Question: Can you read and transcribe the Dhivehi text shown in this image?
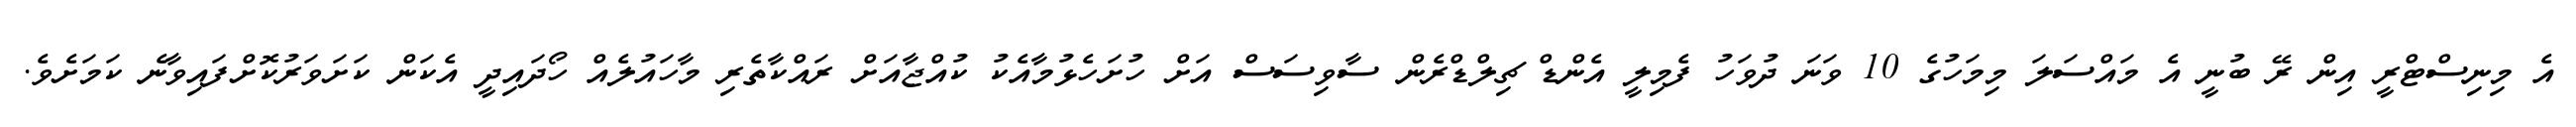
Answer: އެ މިނިސްޓްރީ އިން ރޭ ބުނީ އެ މައްސަލަ މިމަހުގެ 10 ވަނަ ދުވަހު ފެމިލީ އެންޑް ޗިލްޑްރެން ސާވިސަސް އަށް ހުށަހެޅުމާއެކު ކުއްޖާއަށް ރައްކާތެރި މާހައުލެއް ހޯދައިދީ އެކަން ކަށަވަރުކޮށްފައިވާނެ ކަމަށެވެ.